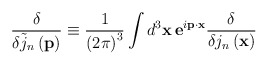
\begin{align*}\frac \delta {\delta \tilde{j}_n\left( \mathbf{p}\right) }\equiv \frac1{\left( 2\pi \right) ^3}\int d^3\mathbf{x\,e}^{i\mathbf{p\cdot x}}\frac\delta {\delta j_n\left( \mathbf{x}\right) }\end{align*}